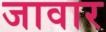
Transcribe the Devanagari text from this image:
जावार